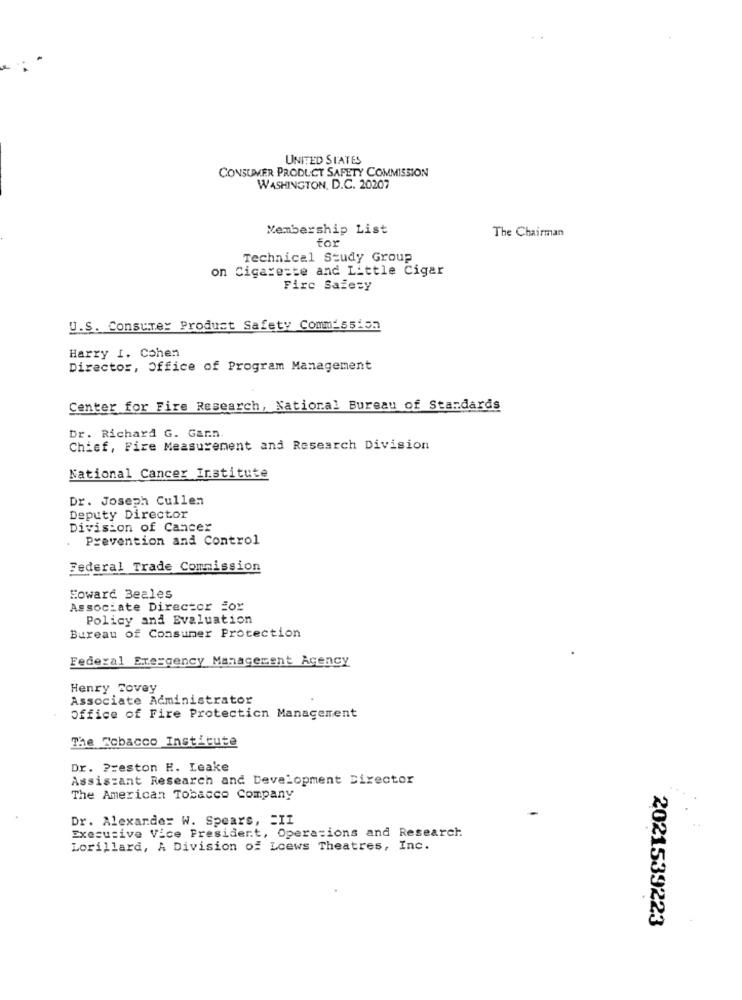
UNITED STATES
CONSUMER PRODUCT SAFETY COMMISSION
WASHINGTON, D.C. 20207
Membership List
for
The Chairman
Technical Study Group
on Cigareste and Little Cigar
Fire Safety
U.S. Consumer Product Safety Comm_5515n
Harry I. Cohen
Director, Office of Program Management
Center for Fire Research, National Bureau of Standards
Dr. Richard G. Garn
Chief, Fire Measurement and Research Division
National Cancer Institute
Dr. Joseph Cullen
Deputy Director
Division of Cancer
Prevention and Control
Federal Trade Commission
Eowarć Beales
Associate Director For
Policy and Evaluation
Bureau of Consumer Protection
Federal Exergency Management Agency
Henry Tovey
Associate Administrator
Office of Fire Protection Management
The Tobacco Institute
Dr. Preston H. Leake
Assistant Research and Development Director
The American Tobacco Company
Dr. Alexander W. Spears, SII
Executive Vice President, Operations and Research
Lorillard, A Division of Loews Theatres, Inc.
2021539223